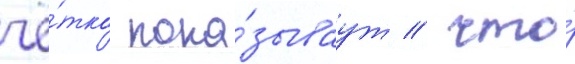
чё́тко пока́зываут / что́